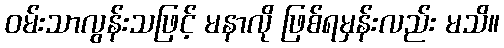
ဝမ်းသာလွန်းသဖြင့် မနာလို ဖြစ်ရမှန်းလည်း မသိ။